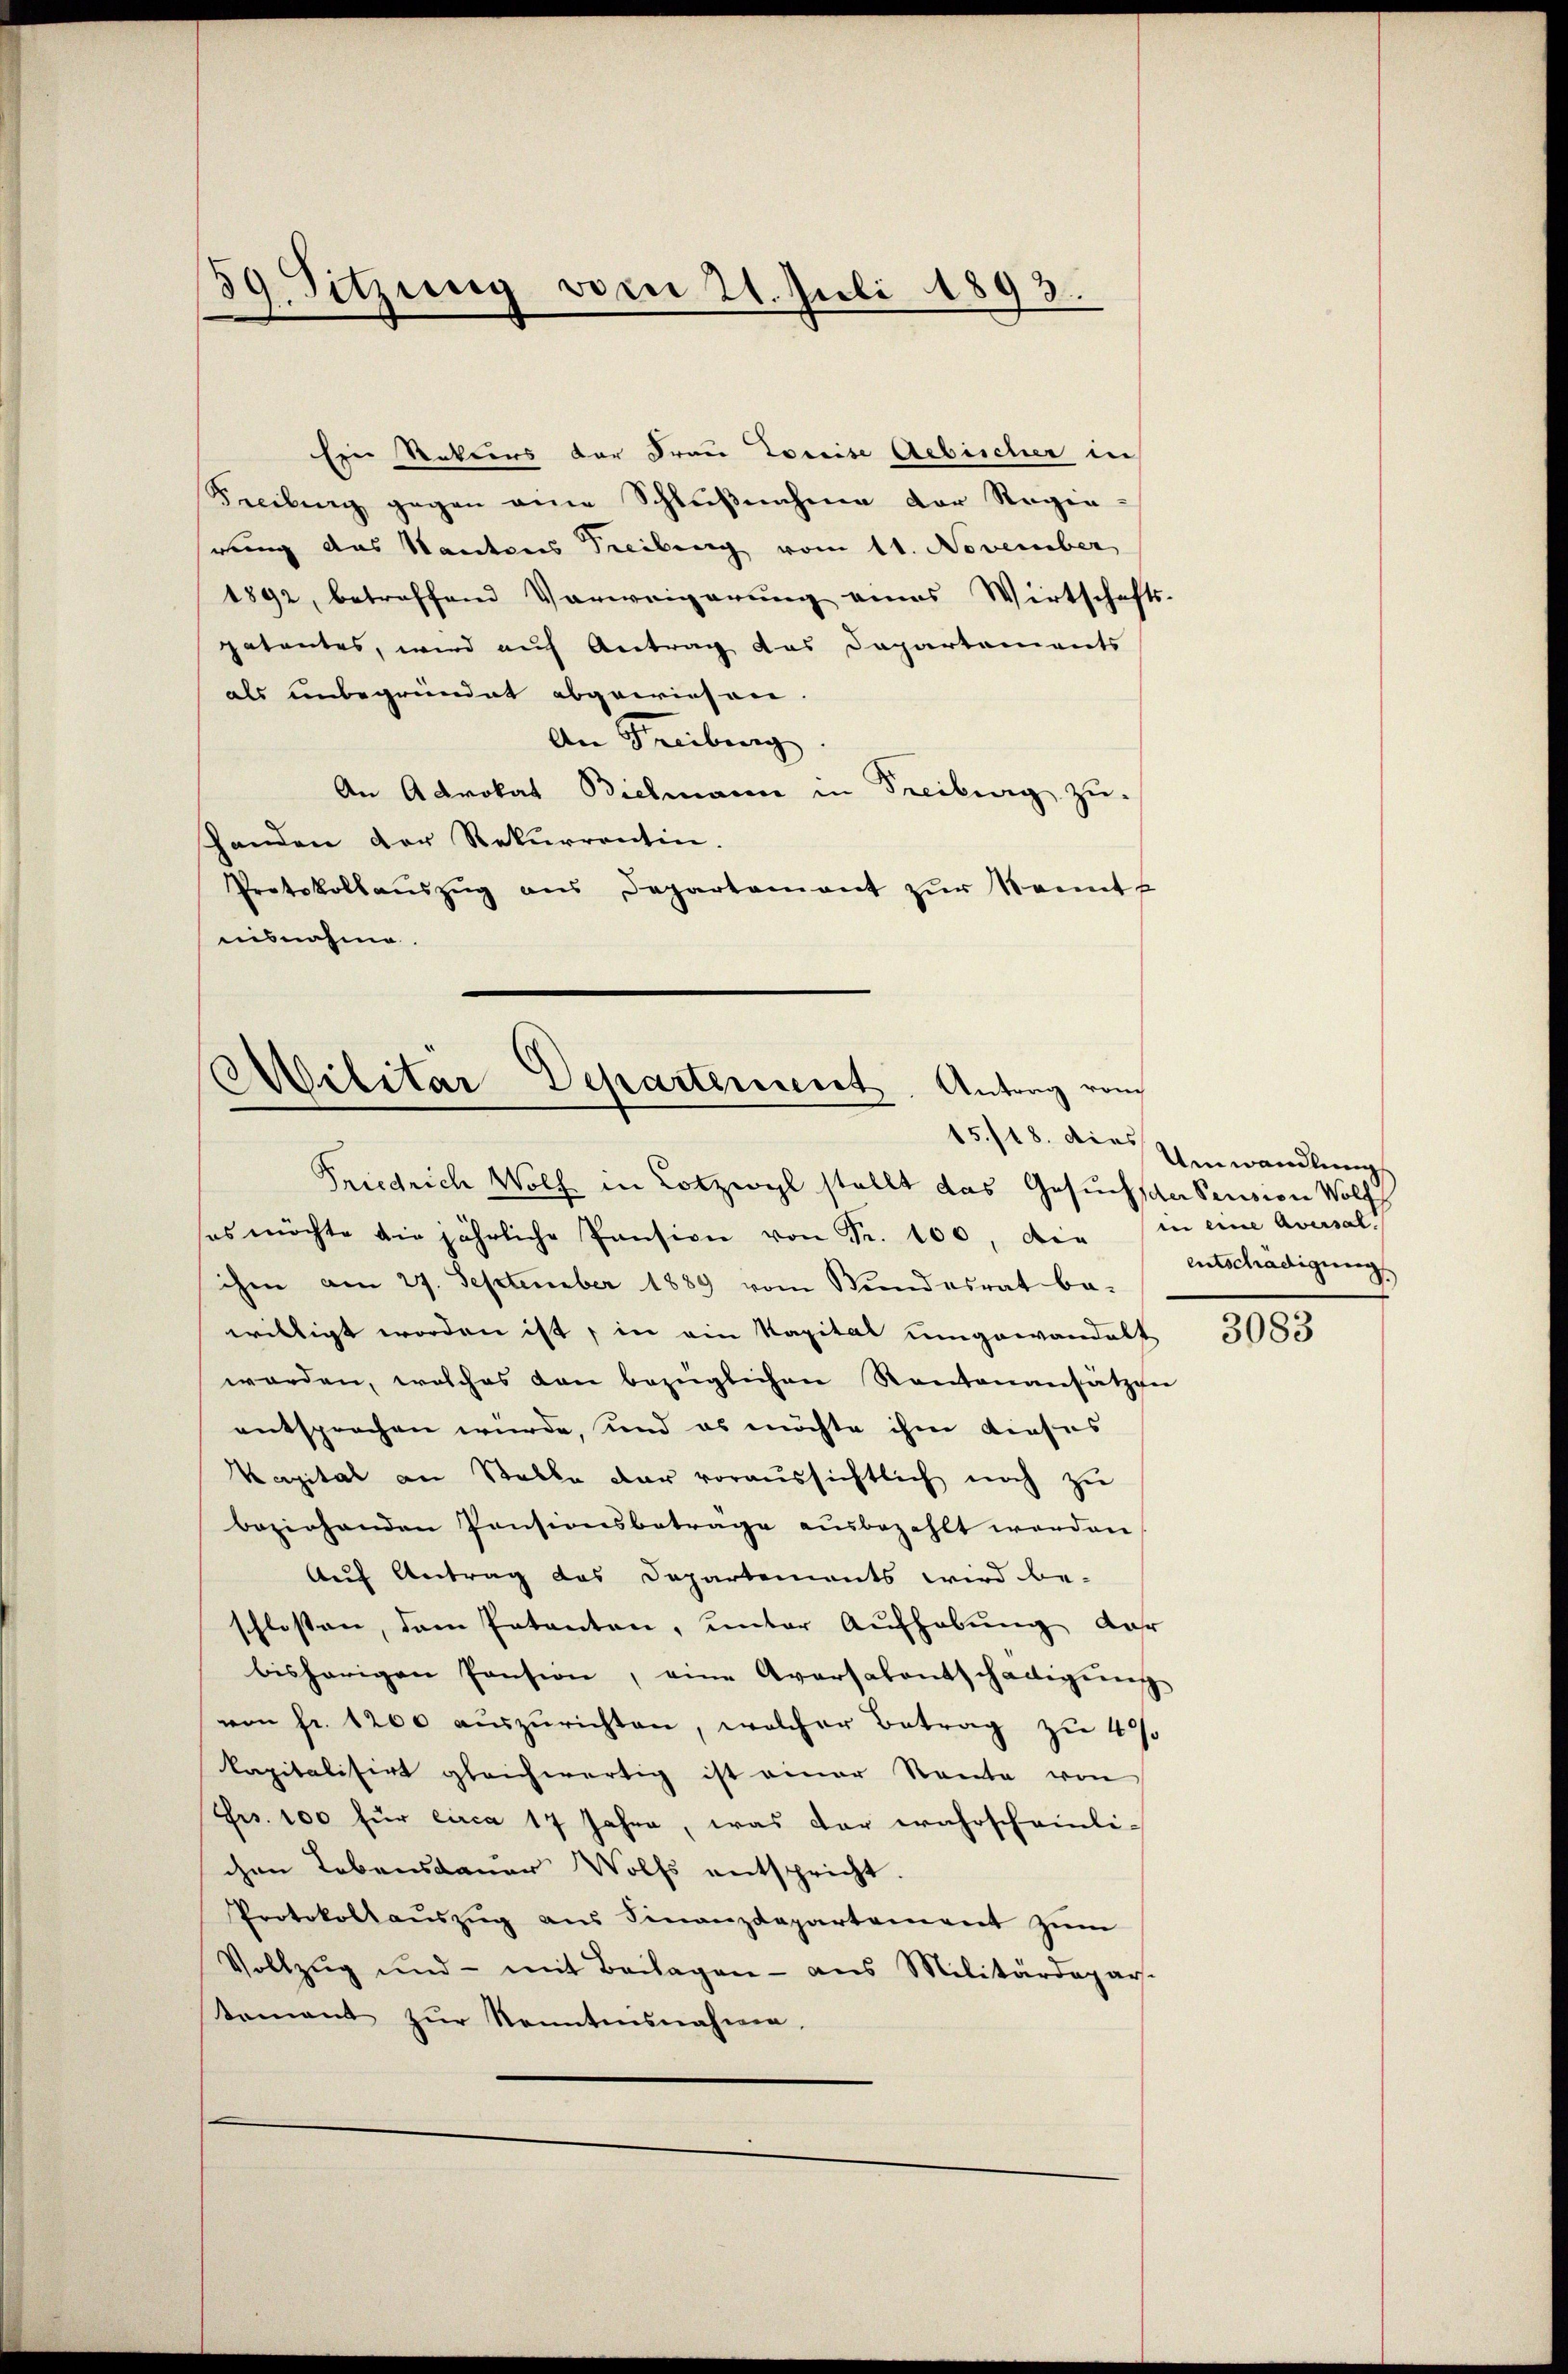
59. Sitzung vom 24. Juli 1893.

Eine Retters der Frau Preise Aebischer in
Seeilung gegen eine Schlŭβnahme der Regie-
rung das Kantons Treibung vom 11. November
1892, betreffend Verweigerung eines Wirtschafts-
patentes, wird auf Antrag das Dapartements
als unbegründet abgewiesen.
An Freiburg
An Advokat Bielmann in Freiburg zu.
Handen der Rekurrentin.
Protokollaŭszŭg ans Departament zŭr Kennt
nisnahme.

Militär-Departement. Antrag vom

Friedrich Wolf in Lotzwyl stellt das Gesuchsche Sention Wolf
es möchte die jährliche Pansion von Fr. 100, die in eine Aversal-
ihm am 27. September 1889 vom Bundesrat be-
willigt worden ist, in ein Kapital umgewandelt
worden, welches den bezüglichen Kantonansätzen
entsprochen würde, und es möchte ihm dieses
Kapital an Stelle dar voraussichtlich noch zu
beziehenden Pensionsbeträge ausbezahlt worden
Auf Antrag das Departements wird be-
schlossen, dem Entanten, unter Aufhebung der
bisherigen Pension, eine Aversalentschädigŭng
von fr. 1200 aŭszŭrichten, welcher Betrag zu 4%
kapitalisirt gleichwärtig ist einer Rente von
Frs. 100 für circa 17 Jahre, was der wahrscheinli-
chen Lebensdauer Wolfs entspricht.
Protokollaŭszŭg aŭs Finanzdepartement zŭm
Vollzŭg und mit Beilagen - aus Militärdepar-
tament zur Sonntensnahme,

15/18. die Umwandlung
entschädigung

3083